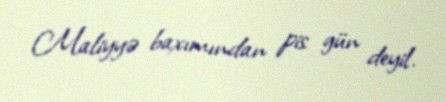
Maliyyə baxımından pis gün deyil.